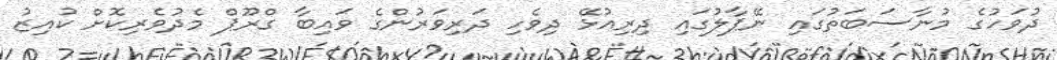
ދުވަހުގެ މުނާސަބަތުގައި ނޭޕާލުގައި ދިރިއުޅޭ ދިވެހި ދަރިވަރުންގެ ވައިބާ ގްރޫޕް މެދުވެރިކޮށް ކުއިޒު